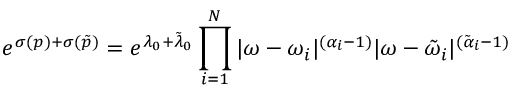
e ^ { \sigma ( p ) + \sigma ( \tilde { p } ) } = e ^ { \lambda _ { 0 } + \tilde { \lambda } _ { 0 } } \prod _ { i = 1 } ^ { N } | \omega - \omega _ { i } | ^ { ( \alpha _ { i } - 1 ) } | \omega - \tilde { \omega } _ { i } | ^ { ( \tilde { \alpha } _ { i } - 1 ) }